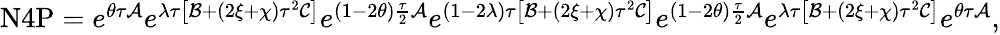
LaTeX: \begin{array}{r}{\mathrm{N}4\mathrm{P}=e^{\theta\tau\mathcal{A}}e^{\lambda\tau\left[\mathcal{B}+(2\xi+\chi)\tau^{2}\mathcal{C}\right]}e^{(1-2\theta)\frac{\tau}{2}\mathcal{A}}e^{(1-2\lambda)\tau\left[\mathcal{B}+(2\xi+\chi)\tau^{2}\mathcal{C}\right]}e^{(1-2\theta)\frac{\tau}{2}\mathcal{A}}e^{\lambda\tau\left[\mathcal{B}+(2\xi+\chi)\tau^{2}\mathcal{C}\right]}e^{\theta\tau\mathcal{A}},}\end{array}